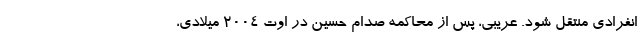
انفرادی منتقل شود. عریبی، پس از محاکمه صدام حسین در اوت ۲۰۰۴ میلادی،